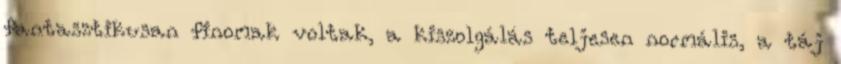
fantasztikusan finomak voltak, a kiszolgálás teljesen normális, a táj